Reports on dispensaries and lunatic asylums in the Province of Oudh - 1869-1876
Year: 1869
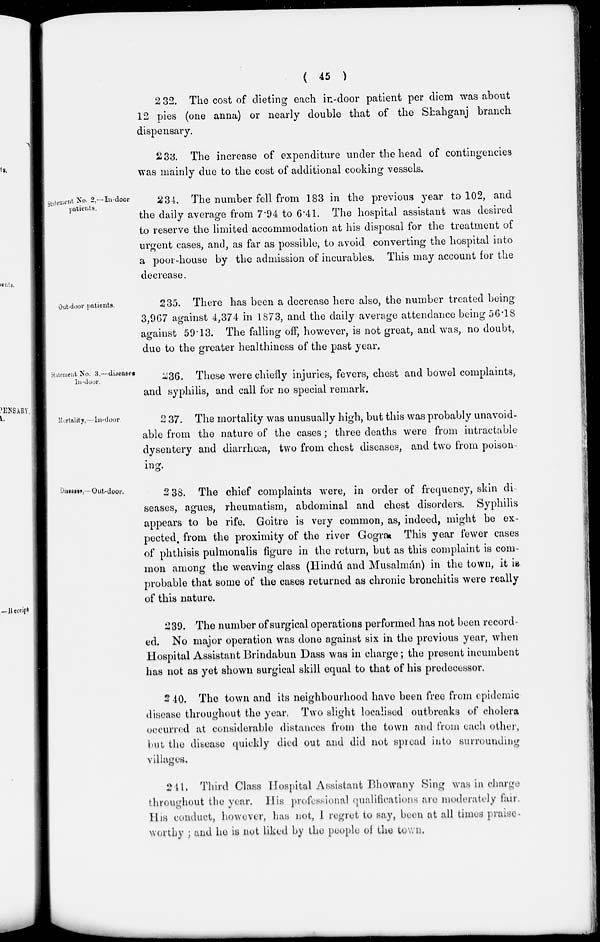
( 45 )
232. The cost of dieting each in-door patient per diem was about
12 pies (one anna) or nearly double that of the Shahganj branch
dispensary.
233. The increase of expenditure under the head of contingencies
was mainly due to the cost of additional cooking vessels.
Statement No. 2,—In-door
patients.
234. The number fell from 183 in the previous year to 102, and
the daily average from 7.94 to 6.41. The hospital assistant was desired
to reserve the limited accommodation at his disposal for the treatment of
urgent cases, and, as far as possible, to avoid converting the hospital into
a poor-house by the admission of incurables. This may account for the
decrease.
Out-door patients.
235. There has been a decrease here also, the number treated being
3,967 against 4,374 in 1873, and the daily average attendance being 56.18
against 59.13. The falling off, however, is not great, and was, no doubt,
due to the greater healthiness of the past year.
Statement No. 3,—diseases
In-door.
236. These were chiefly injuries, fevers, chest and bowel complaints,
and syphilis, and call for no special remark.
Mortality,—In-door
237. The mortality was unusually high, but this was probably unavoid-
able from the nature of the cases; three deaths were from intractable
dysentery and diarrhœa, two from chest diseases, and two from poison
ing.
Diseases,—Out-door.
238. The chief complaints were, in order of frequency, skin di-
seases, agues, rheumatism, abdominal and chest disorders. Syphilis
appears to be rife. Goitre is very common, as, indeed, might be ex-
pected from the proximity of the river Gogra. This year fewer cases
of phthisis pulmonalis figure in the return, but as this complaint is com-
mon among the weaving class (Hindú and Musalmán) in the town, it is
probable that some of the cases returned as chronic bronchitis were really
of this nature.
239. The number of surgical operations performed has not been record-
ed. No major operation was done against six in the previous year, when
Hospital Assistant Brindabun Dass was in charge; the present incumbent
has not as yet shown surgical skill equal to that of his predecessor.
240. The town and its neighbourhood have been free from epidemic
disease throughout the year. Two slight localised outbreaks of cholera
occurred at considerable distances from the town and from each other,
but the disease quickly died out and did not spread into surrounding
villages.
241. Third Class Hospital Assistant Bhowany Sing was in charge
throughout the year. His professional qualifications are moderately fair.
His conduct, however, has not, I regret to say, been at all times praise-
worthy ; and he is not liked by the people of the town.